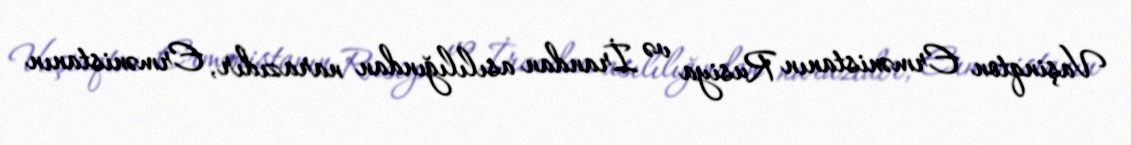
Vaşinqton Ermənistanın Rusiya və İrandan asılılığından narazıdır, Ermənistanın